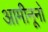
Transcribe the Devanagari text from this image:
आमीनूनो